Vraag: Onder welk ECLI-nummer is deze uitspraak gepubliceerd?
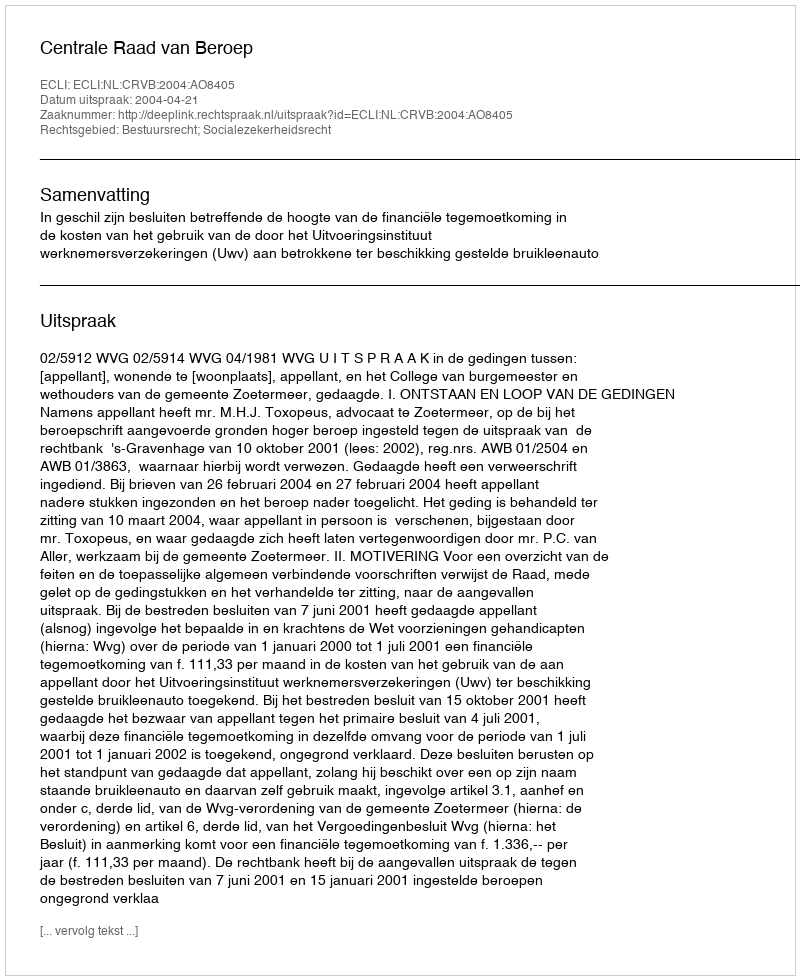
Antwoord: ECLI:NL:CRVB:2004:AO8405